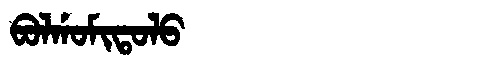
Manchu: ᠪᠣᠯᡤᠣᠮᡳᡨᠣᠯᠣ
Romanization: BOLGOMITOLO